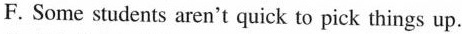
F. Some students aren't quick to pick things up.